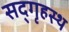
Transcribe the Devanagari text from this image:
सद्‌गृहस्थ